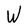
Character: W